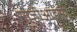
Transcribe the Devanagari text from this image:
सीजीआइसी